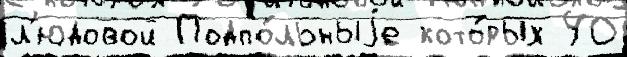
л'юдовой Подпо́льныjе кото́рых 40